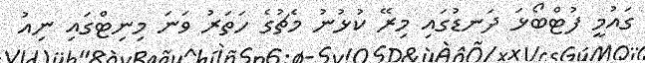
ގައުމީ ފުޓްބޯޅަ ދަނޑުގައި މިރޭ ކުޅުނު މެޗުގެ ހަތަރު ވަނަ މިނިޓްގައި ނިއު